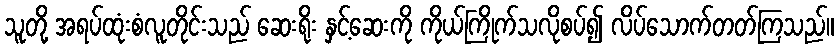
သူတို့ အရပ်ထုံးစံလူတိုင်းသည် ဆေးရိုး နှင့်ဆေးကို ကိုယ်ကြိုက်သလိုစပ်၍ လိပ်သောက်တတ်ကြသည်။